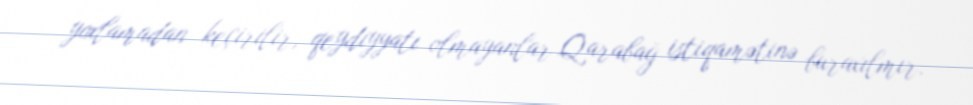
yoxlamadan keçirilir, qeydiyyatı olmayanlar Qarabağ istiqamətinə buraxılmır.